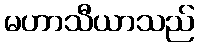
မဟာသီယာသည်